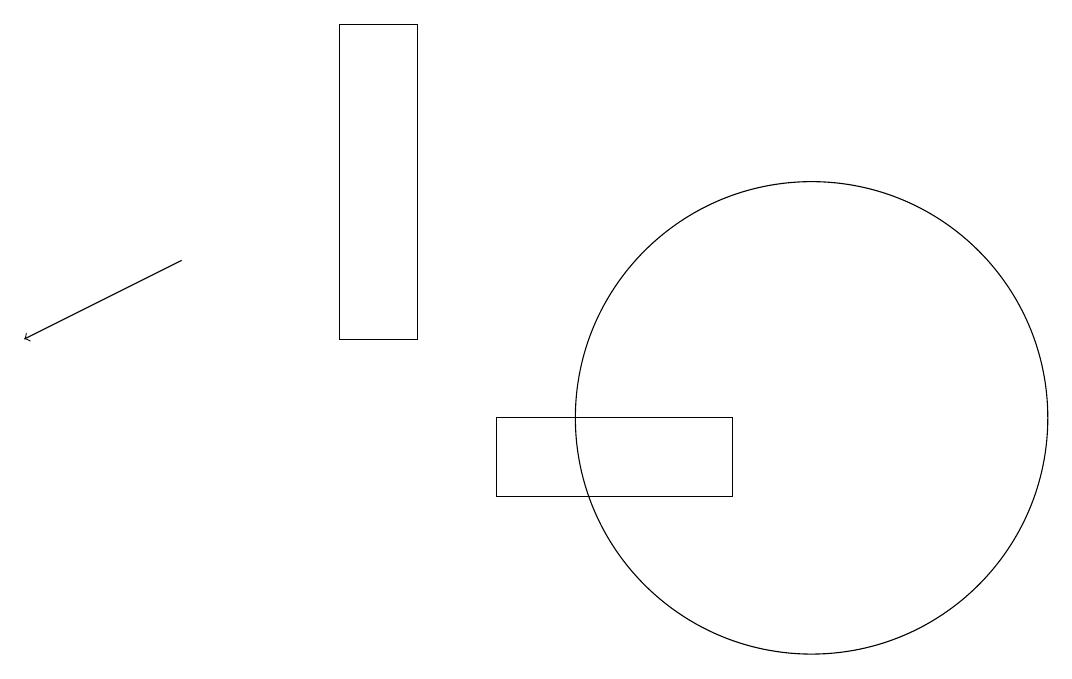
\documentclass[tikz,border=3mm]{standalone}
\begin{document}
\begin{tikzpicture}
\draw[->] (2,14) -- (0,13);
\draw (6,12) rectangle (9,11);
\draw (10,12) circle (3);
\draw (5,17) rectangle (4,13);
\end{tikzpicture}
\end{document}